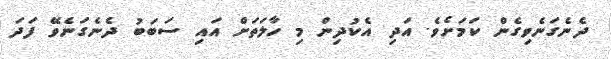
ދެނެގަނެވިގެން ކަމަށެވެ. އަދި އެކުދިން މި ހާލަތަށް އައި ސަބަބު ދެނެގަނެވޭ ފަދަ